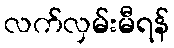
လက်လှမ်းမီရန်